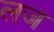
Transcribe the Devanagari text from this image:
लज